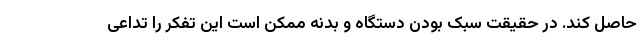
حاصل کند. در حقیقت سبک بودن دستگاه و بدنه ممکن است این تفکر را تداعی